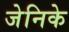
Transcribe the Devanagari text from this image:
जेनिके